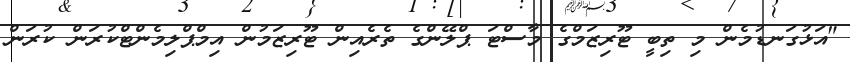
"އަޅުގަނޑުމެން މި ތިބީ ޓޫރިޒަމްގެ މާސްޓަ ޕްލޭންގެ ތެރެއިން ޓޫރިޒަމުން އިމްޕްލިމެންޓްކުރަން ކުރަން